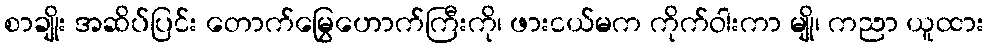
စာချိုး အဆိပ်ပြင်း တောက်မြွေဟောက်ကြီးကို၊ ဖားငယ်မက ကိုက်ဝါးကာ မျို၊ ကညာ ယူထား